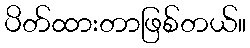
ပိတ်ထားတာဖြစ်တယ်။